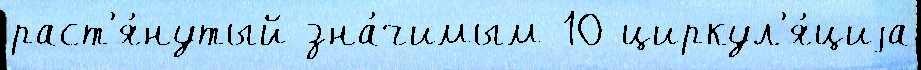
раст'я́нутый зна́чимым 10 циркул'я́циjа